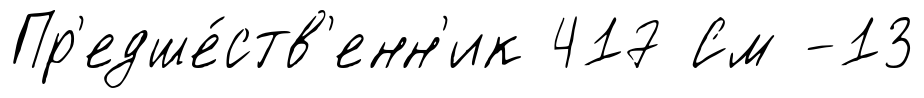
Пр'едше́ств'енн'ик 417 См -13